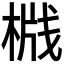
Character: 𬃦